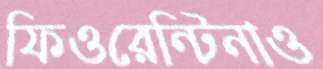
ফিওরেন্টিনাও